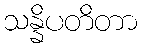
သန္နိပတိတာ